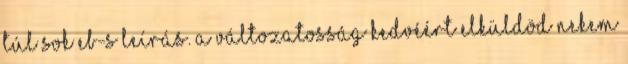
túl sok EB-s leírás. A változatosság kedvéért elküldöd nekem